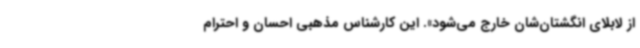
از لابلای انگشتان‌شان خارج می‌شود». این کارشناس مذهبی احسان و احترام